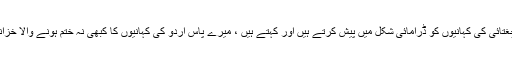
اقبال نیازی نے مزید بتایا کہ نصیر الدین شاہ زیادہ تر منٹو اور عصمت چغتائی کی کہانیوں کو ڈرامائی شکل میں پیش کرتے ہیں اور کہتے ہیں ، میرے پاس اردو کی کہانیوں کا کبھی نہ ختم ہونے والا خزانہ ہے ، جنہیں یکے بعد دیگرے ڈرامائی شکل میں پیش کیا جا سکتا ہے ۔